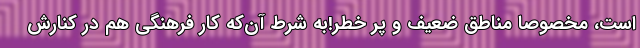
است، مخصوصاً مناطق ضعیف و پر خطر!به شرط آن‌که کار فرهنگی هم در کنارش